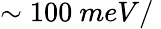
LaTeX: \sim 100\ meV/\